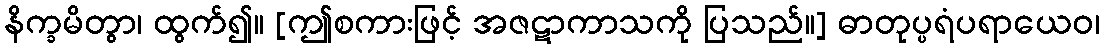
နိက္ခမိတွာ၊ ထွက်၍။ [ဤစကားဖြင့် အဇဋာကာသကို ပြသည်။] ဓာတုပ္ပရံပရာယေဝ၊